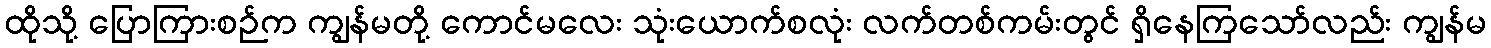
ထိုသို့ ပြောကြားစဉ်က ကျွန်မတို့ ကောင်မလေး သုံးယောက်စလုံး လက်တစ်ကမ်းတွင် ရှိနေကြသော်လည်း ကျွန်မ